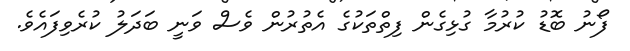
ފޯނު ބޮޑު ކުރުމާ ގުޅިގެން ފިތްތަކުގެ އެތުރުން ވެސް ވަނީ ބަދަލު ކުރެވިފައެވެ.